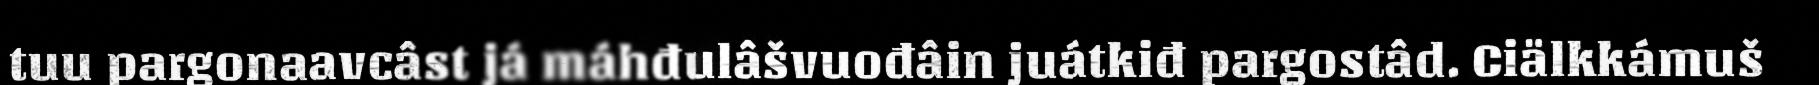
tuu pargonaavcâst já máhđulâšvuođâin juátkiđ pargostâd. Ciälkkámuš